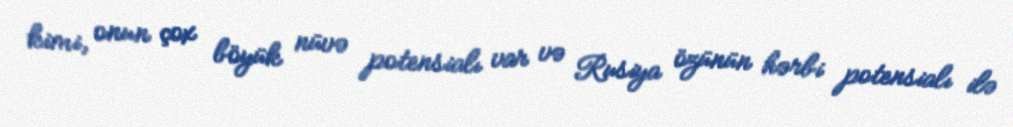
kimi, onun çox böyük nüvə potensialı var və Rusiya özünün hərbi potensialı ilə